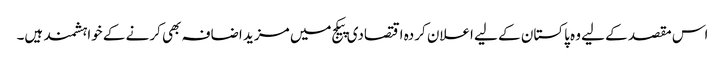
اس مقصد کے لیے وہ پاکستان کے لیے اعلان کردہ اقتصادی پیکج میں مزید اضافہ بھی کرنے کے خواہشمند ہیں۔